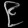
Digit: ၉